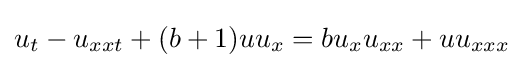
u_{t}-u_{xxt}+(b+1)uu_{x}=bu_{x}u_{xx}+uu_{xxx}